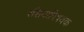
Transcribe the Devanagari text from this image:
रशियाविषयक